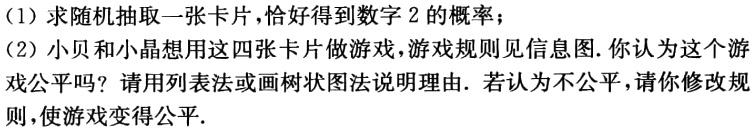
(1) 求随机抽取一张卡片，恰好得到数字2的概率；
(2) 小贝和小晶想用这四张卡片做游戏，游戏规则见信息图. 你认为这个游戏公平吗？请用列表法或画树状图法说明理由. 若认为不公平，请你修改规则，使游戏变得公平.